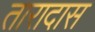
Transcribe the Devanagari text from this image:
तारादास